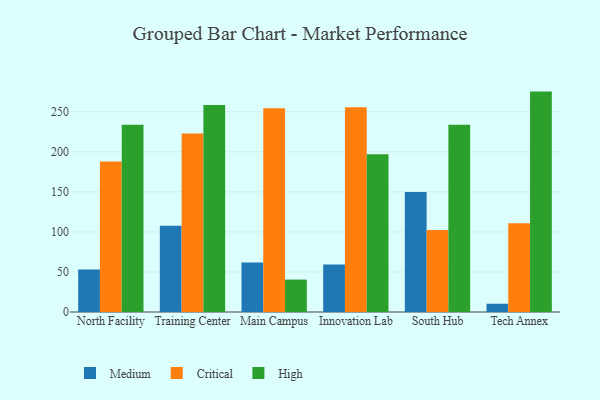
{"axis": {"x": "Campus", "y": "Waste Production (Tons)"}, "legend": ["Critical", "High", "Medium"], "data": [{"x": "North Facility", "y": 53.2, "type": "Medium"}, {"x": "North Facility", "y": 187.8, "type": "Critical"}, {"x": "North Facility", "y": 233.8, "type": "High"}, {"x": "Training Center", "y": 107.7, "type": "Medium"}, {"x": "Training Center", "y": 223.0, "type": "Critical"}, {"x": "Training Center", "y": 258.6, "type": "High"}, {"x": "Main Campus", "y": 61.9, "type": "Medium"}, {"x": "Main Campus", "y": 254.4, "type": "Critical"}, {"x": "Main Campus", "y": 40.5, "type": "High"}, {"x": "Innovation Lab", "y": 59.4, "type": "Medium"}, {"x": "Innovation Lab", "y": 255.7, "type": "Critical"}, {"x": "Innovation Lab", "y": 197.1, "type": "High"}, {"x": "South Hub", "y": 149.9, "type": "Medium"}, {"x": "South Hub", "y": 102.3, "type": "Critical"}, {"x": "South Hub", "y": 233.8, "type": "High"}, {"x": "Tech Annex", "y": 10.3, "type": "Medium"}, {"x": "Tech Annex", "y": 110.8, "type": "Critical"}, {"x": "Tech Annex", "y": 275.2, "type": "High"}]}